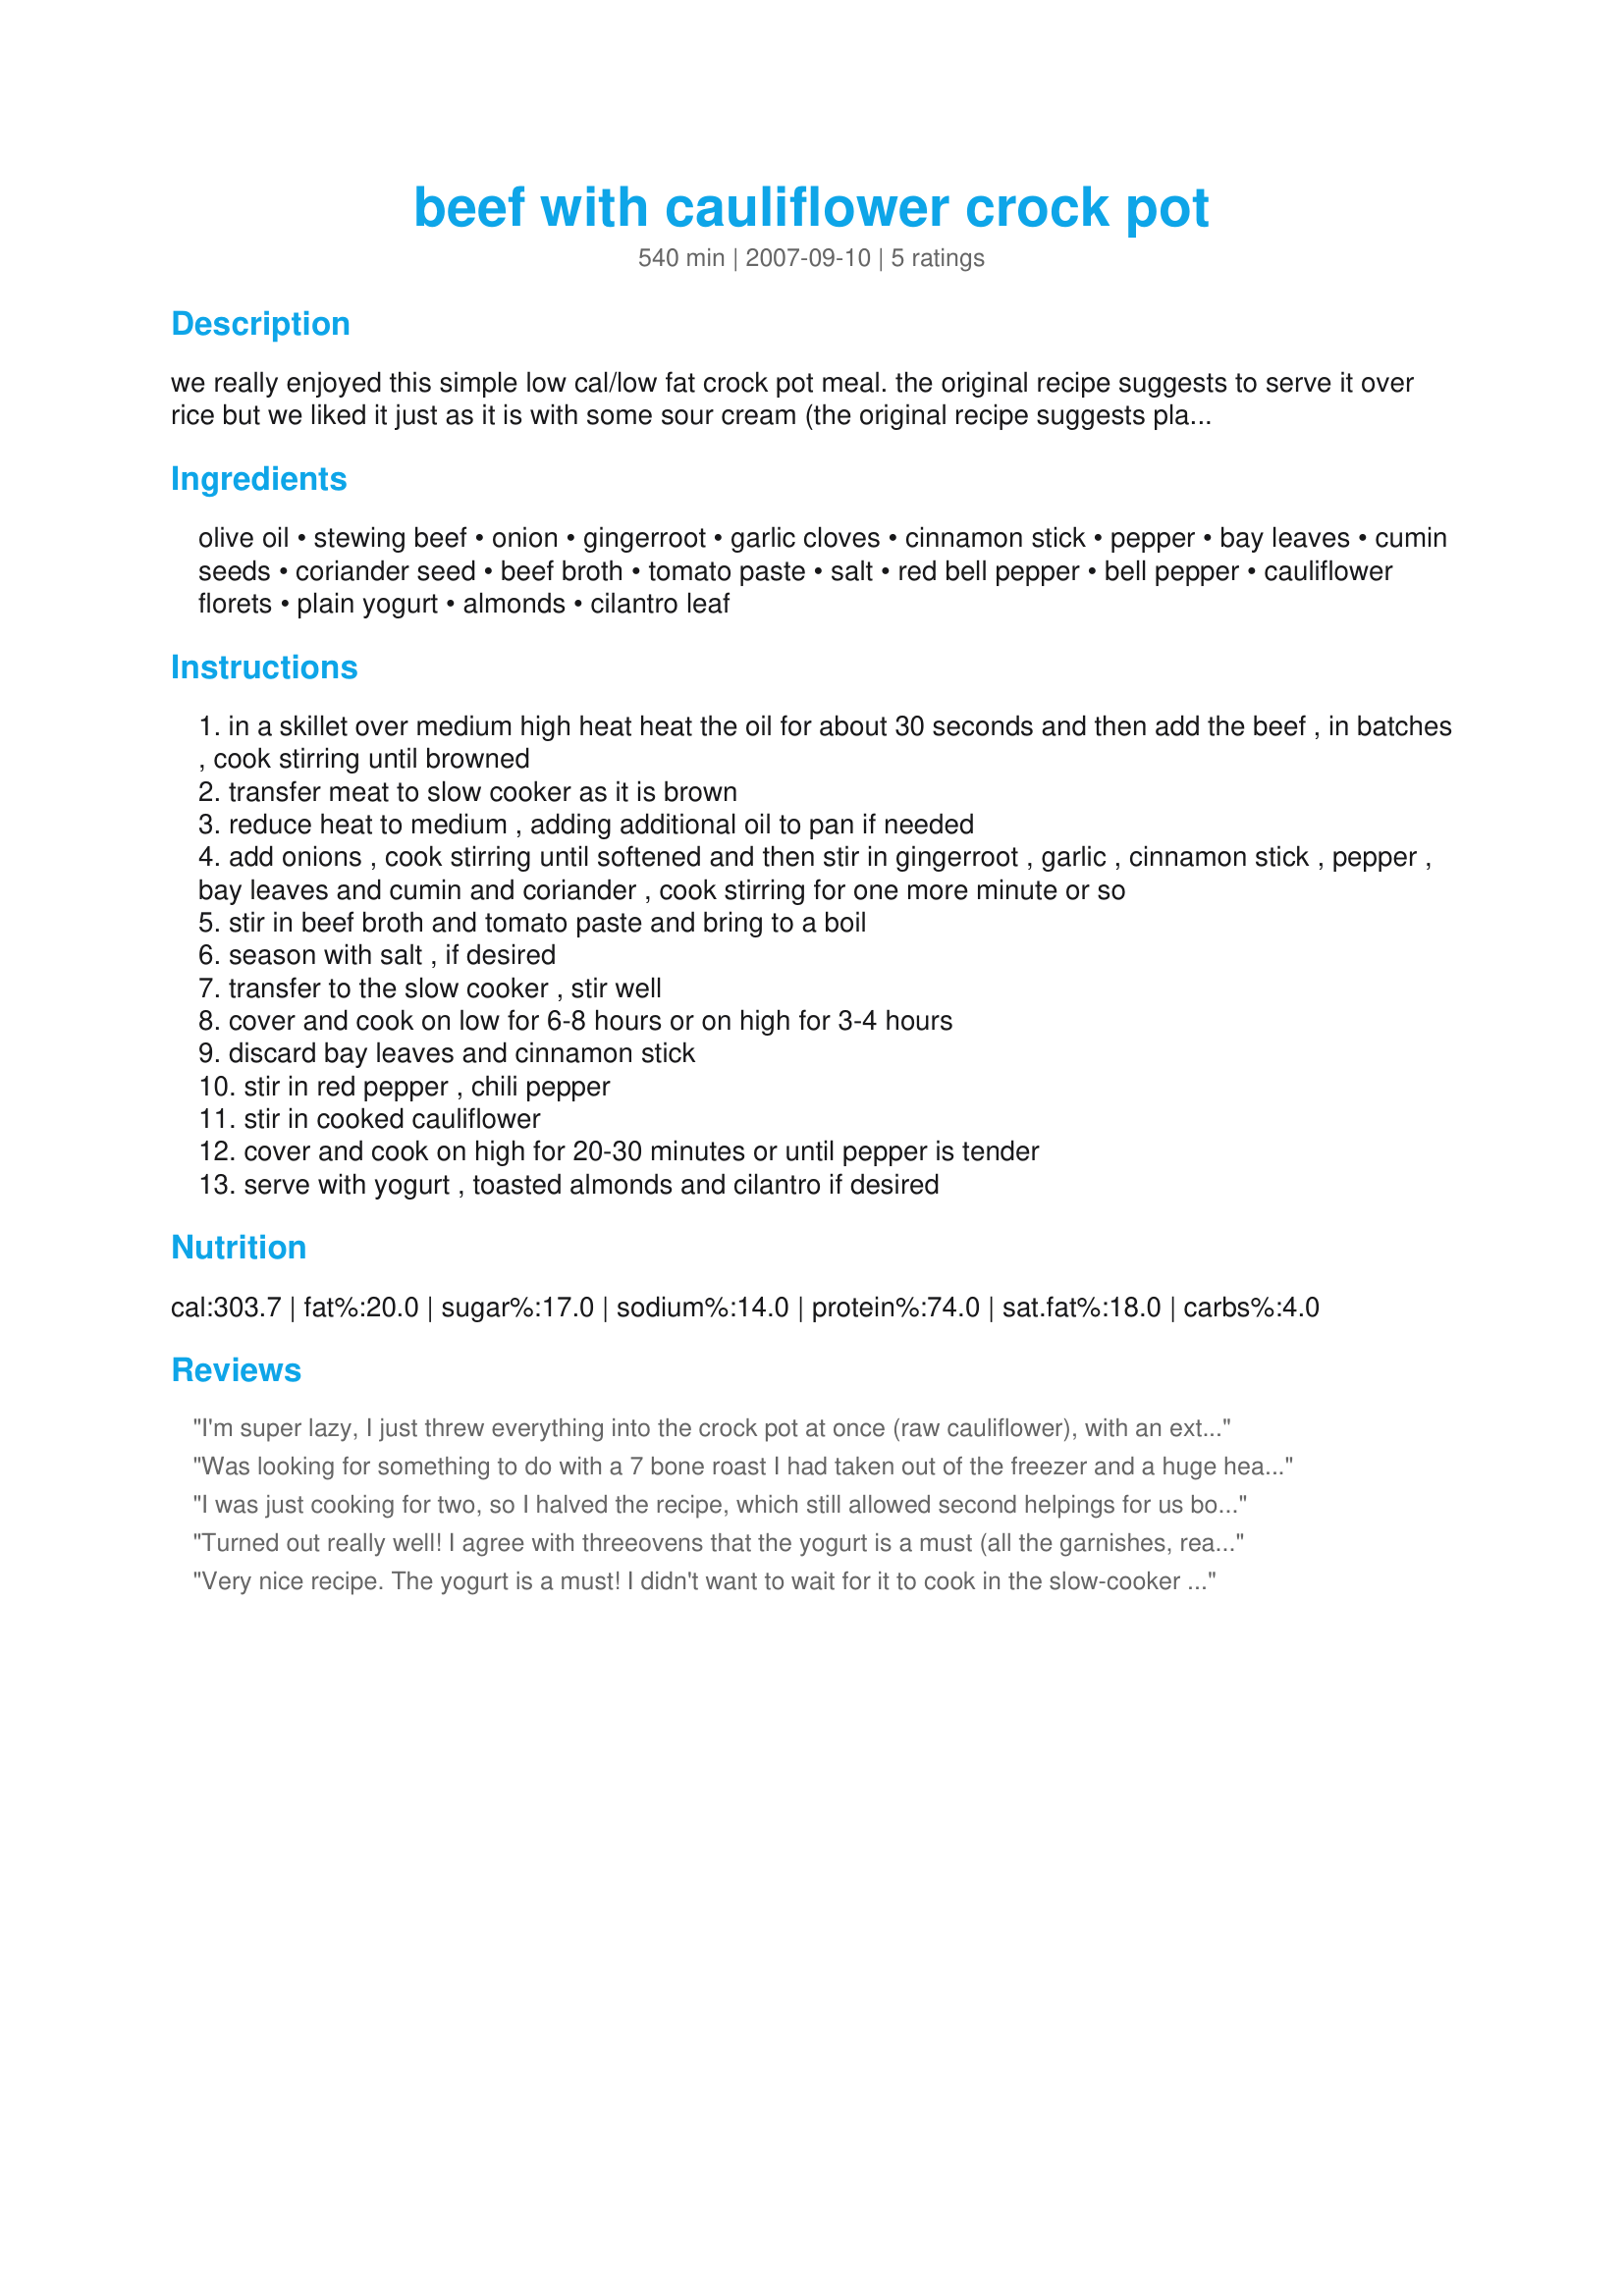
beef with cauliflower crock pot
Preparation time: 540 minutes

we really enjoyed this simple low cal/low fat crock pot meal. the original recipe suggests to serve it over rice but we liked it just as it is with some sour cream (the original recipe suggests plain yogurt and cilantro instead of the sour cream). recipe source: the healthy slow cooker

Ingredients:
olive oil, stewing beef, onion, gingerroot, garlic cloves, cinnamon stick, pepper, bay leaves, cumin seeds, coriander seed, beef broth, tomato paste, salt, red bell pepper, bell pepper, cauliflower florets, plain yogurt, almonds, cilantro leaf

Steps:
in a skillet over medium high heat heat the oil for about 30 seconds and then add the beef , in batches , cook stirring until browned
transfer meat to slow cooker as it is brown
reduce heat to medium , adding additional oil to pan if needed
add onions , cook stirring until softened and then stir in gingerroot , garlic , cinnamon stick , pepper , bay leaves and cumin and coriander , cook stirring for one more minute or so
stir in beef broth and tomato paste and bring to a boil
season with salt , if desired
transfer to the slow cooker , stir well
cover and cook on low for 6-8 hours or on high for 3-4 hours
discard bay leaves and cinnamon stick
stir in red pepper , chili pepper
stir in cooked cauliflower
cover and cook on high for 20-30 minutes or until pepper is tender
serve with yogurt , toasted almonds and cilantro if desired

Reviews:
I'm super lazy, I just threw everything into the crock pot at once (raw cauliflower), with an extra cup of beef broth and let it cook. Added a cornstarch slurry after about 6 hours on low to thicken the gravy and served over egg noodles. This is the first crock pot recipe I actually thought had flavor and depth, I will definitely keep it! Thanks so much!
Was looking for something to do with a 7 bone roast I had taken out of the freezer and a huge head of cauliflower...both time to use or lose, lol. I came upon this recipe and took a chance! I really loved it and more surprisingly, so did the kids (12 and 15 yo)!! I too, put everything in the crockpot after browning the beef I had cut into small cubes. I improvised a little with the spices however... I took a look at the ingredients in the bottle of Garam Marsala that I had and saw they were similar to what this recipe required so I put about 2 tsp in this, a little ground cinnamon (no sticks, sorry) and put all the spices in with the broth, heated it through and then added it to the crockpot over the beef. Put the cauliflower florets on the top and put the lid on. Stirred it after a few hours to get the cauliflower integrated. Came out great, kids loved it (I was skeptical with the GM spice, lol) and we served it over pasta noodles. Would be good over rice too. Thanks for the recipe!
I was just cooking for two, so I halved the recipe, which still allowed second helpings for us both plus leftovers for lunch the next day. This was very good and quite tender, somewhat of a surprise given the low-fat beef I used. I almost never cook with salt and used no-salt-added beef broth and tomato paste. However, despite the variety of other seasonings in the recipe, we found it to be a bit bland when salt was omitted, so ended up adding a bit at the table, which we rarely do. With the salt added, however, it was quite tasty served over rice accompanied by a coleslaw-pineapple-apple-raisin salad.
Turned out really well! I agree with threeovens that the yogurt is a must (all the garnishes, really).<br/>I overcooked the cauliflower a bit (got distracted), so you didn't really notice it in the final dish. I may try just tossing the raw florets in about halfway through the day next time.<br/>I served it over some leftover mashed potatoes, and that worked really well! Rice was great, too.
Very nice recipe. The yogurt is a must! I didn't want to wait for it to cook in the slow-cooker so I cooked it on the stove-top in a Dutch oven over low to medium low heat (gentle simmer) for about 2 hours. I did need to periodically add more water. At the end I just dropped in the cauliflower florets (fresh, uncooked) to steam 5 minutes, stirred, and served! I served it with bulgur. Made for ZWT 6.
